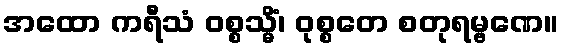
အထော ကရီသံ ဝစ္စသ္မိံ၊ ဝုစ္စတေ စတုရမ္ဗဏေ။